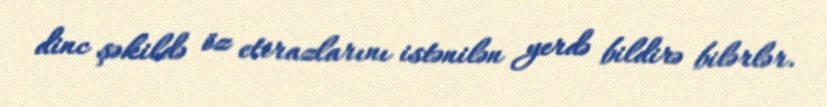
dinc şəkildə öz etirazlarını istənilən yerdə bildirə bilərlər.